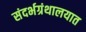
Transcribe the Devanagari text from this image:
संदर्भग्रंथालयात